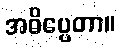
အဓိပ္ပေတာ။